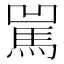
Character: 𩡿